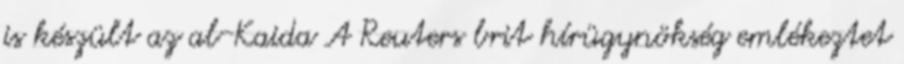
is készült az al-Kaida A Reuters brit hírügynökség emlékeztet